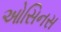
ઓસિનસ